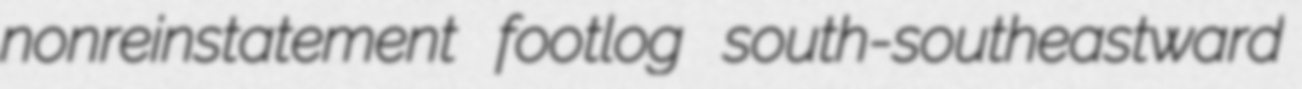
nonreinstatement footlog south-southeastward